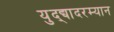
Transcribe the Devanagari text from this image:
युद्द्यादरम्यान